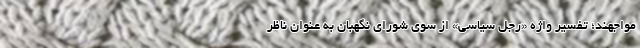
مواجهند؛ تفسیر واژه «رجل سیاسی» از سوی شورای نگهبان به عنوان ناظر